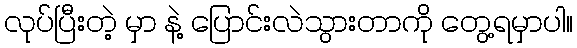
လုပ်ပြီးတဲ့ မှာ နဲ့ ပြောင်းလဲသွားတာကို တွေ့ရမှာပါ။